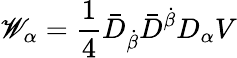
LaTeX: \mathscr{W}_{\alpha}=\frac{1}{4}\bar{{D}}_{\dot{{\beta}}}\bar{{D}}^{\dot{{\beta}}}D_{\alpha}V